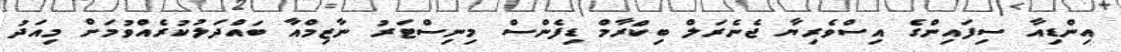
އިންޑިއާ ސިފައިންގެ އިސްވެރިޔާ ޖެނެރަލް ބިކްރާމް ޑިފެންސް މިނިސްޓަރު ނާޒިމްއާ ބައްދަލުކުރެއްވުމަށް މިއަދު